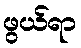
ဖွယ်ရာ